65_HS1-834228961_62-HQ-83894_Section_4
Agency: FBI
Page 24
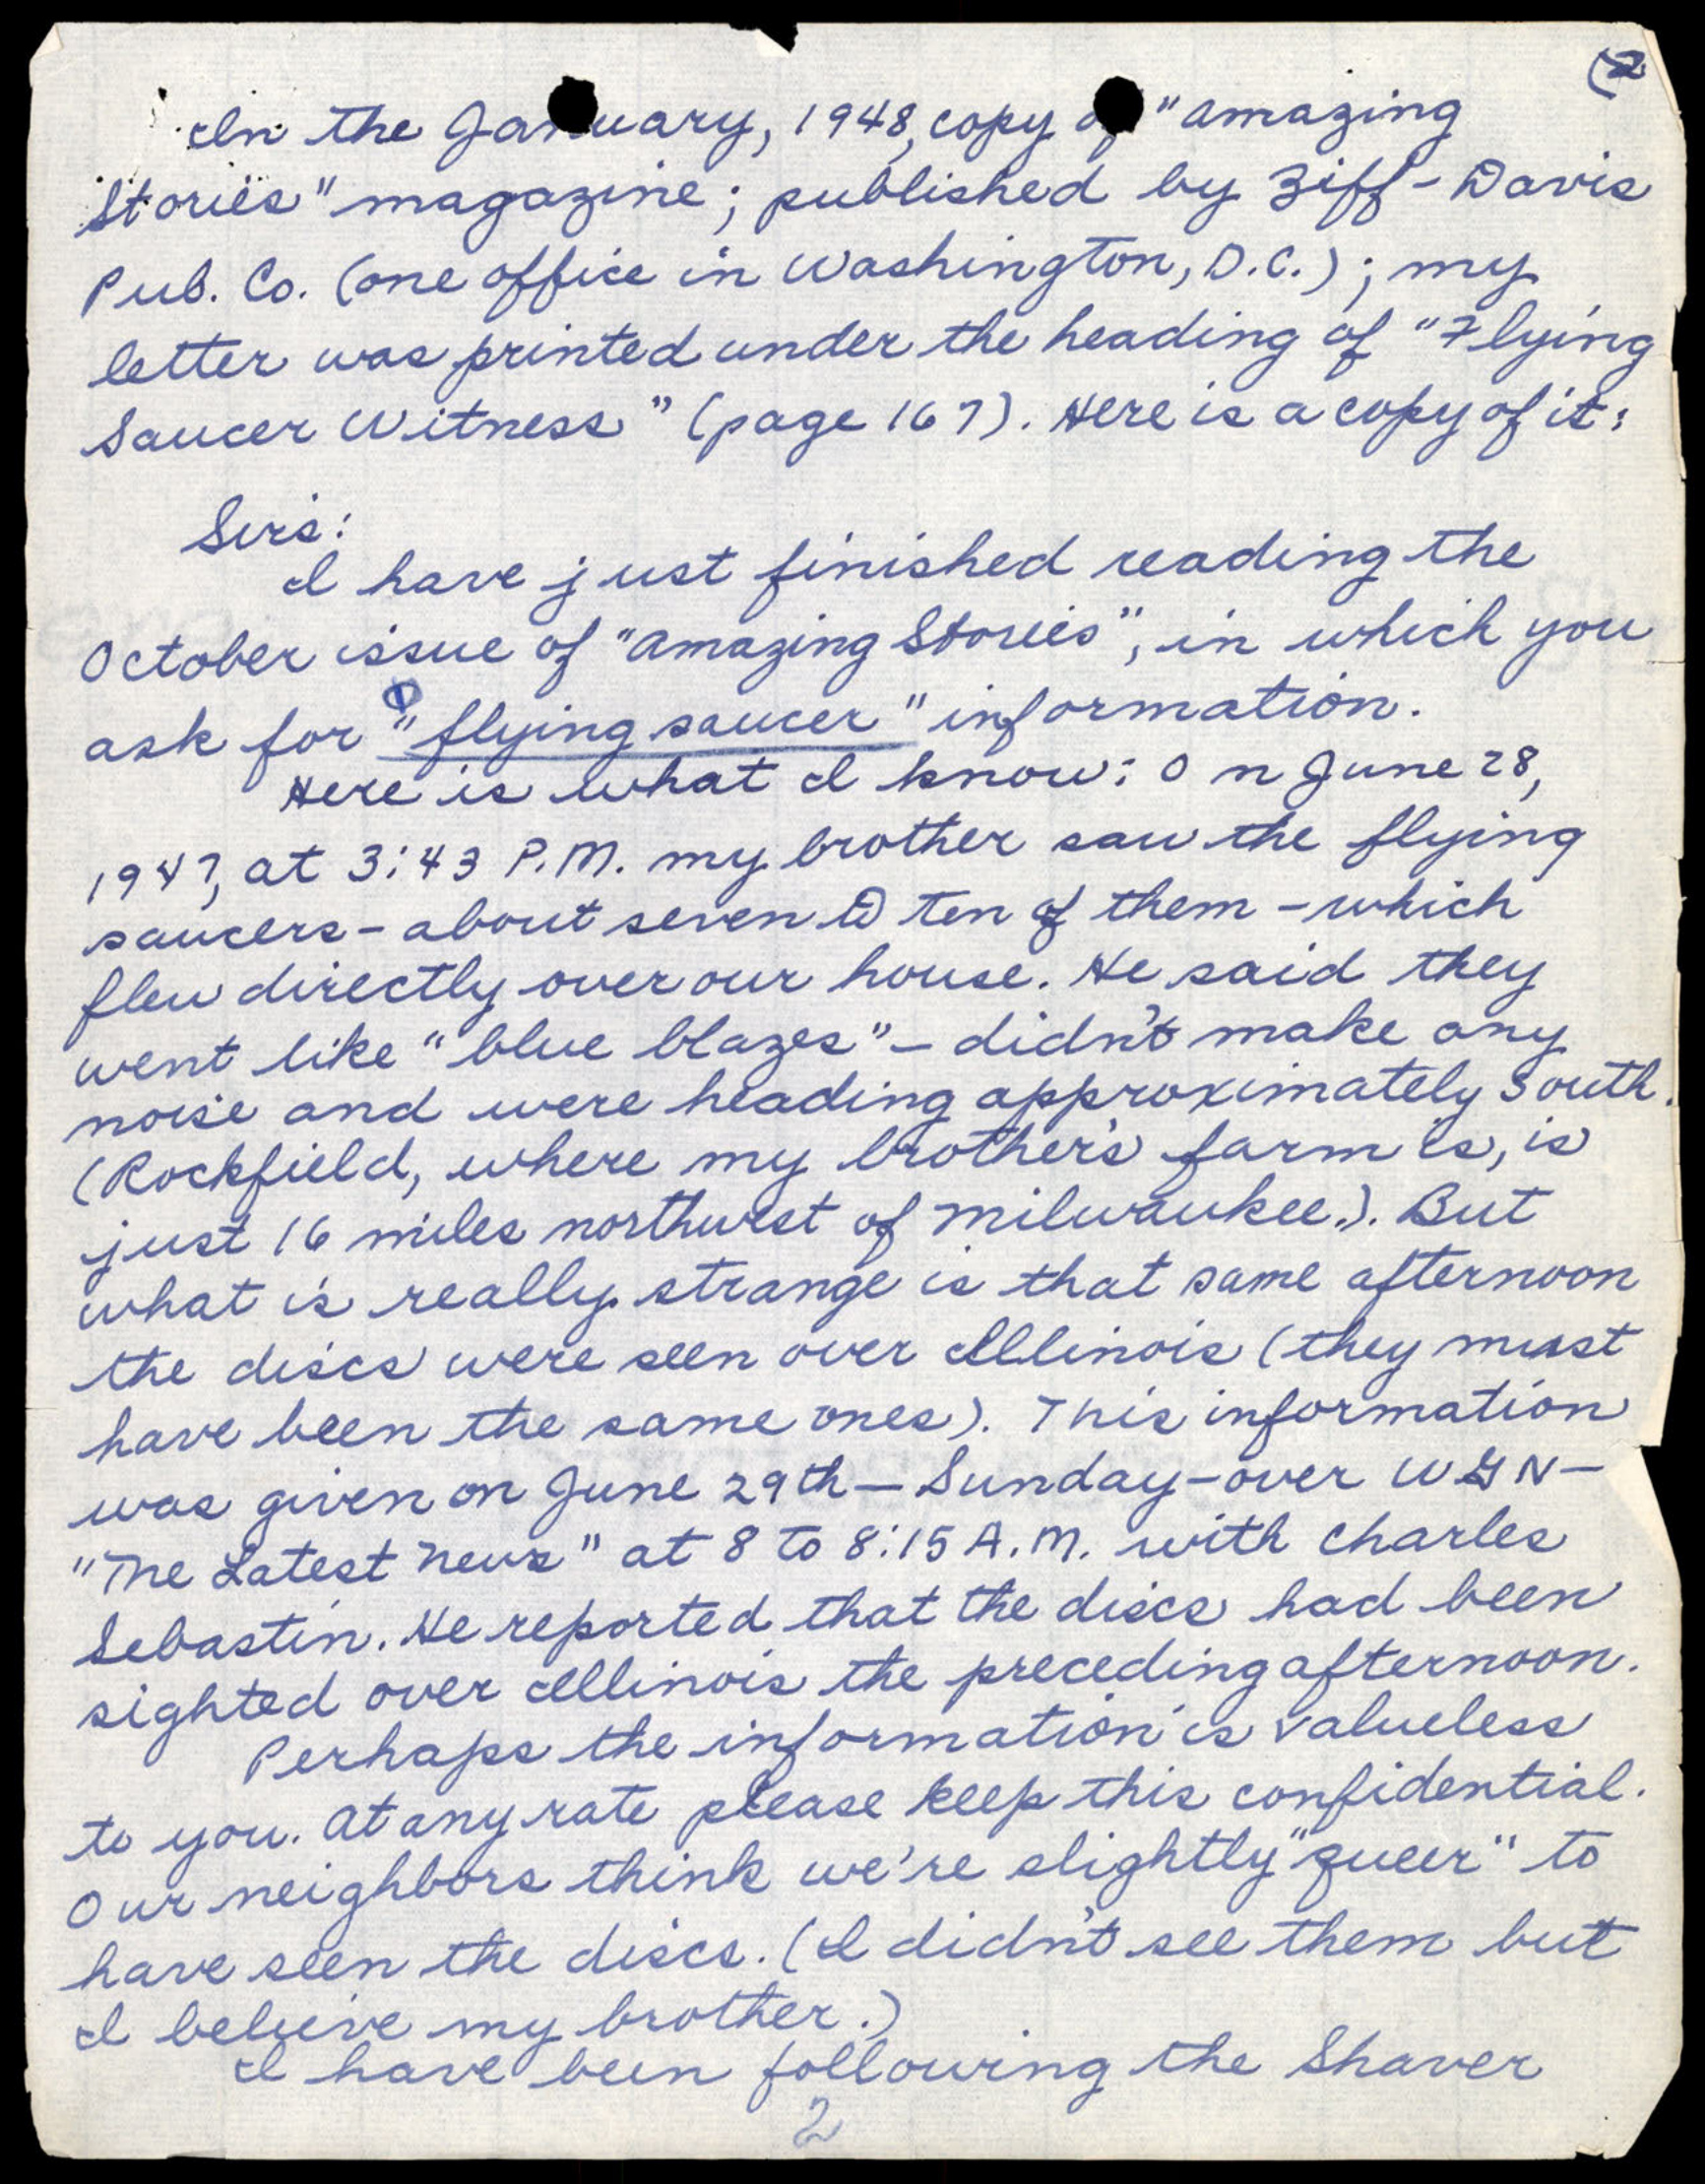